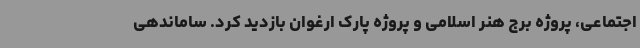
اجتماعی، پروژه برج هنر اسلامی و پروژه پارک ارغوان بازدید کرد. ساماندهی